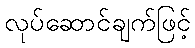
လုပ်ဆောင်ချက်ဖြင့်